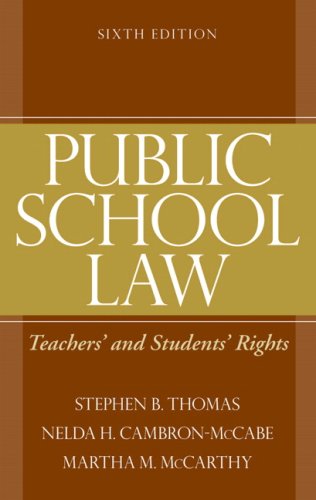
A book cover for Public School Law: Teachers' and Students' Rights (6th Edition); Stephen B. Thomas; Law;